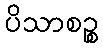
ပိသာစဉ္စ